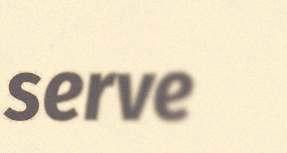
serve